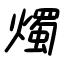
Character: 燭